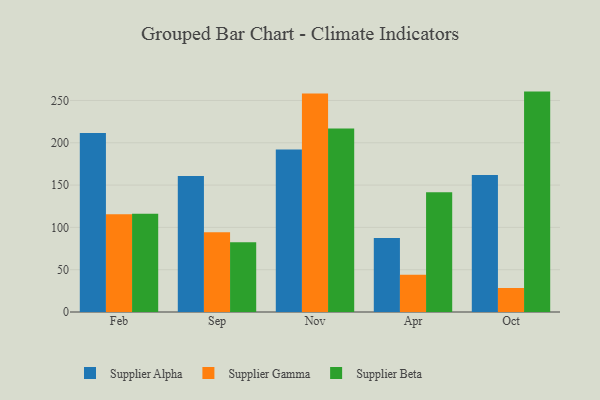
{"axis": {"x": "Month", "y": "Inventory Turnover"}, "legend": ["Supplier Alpha", "Supplier Beta", "Supplier Gamma"], "data": [{"x": "Feb", "y": 211.5, "type": "Supplier Alpha"}, {"x": "Feb", "y": 115.4, "type": "Supplier Gamma"}, {"x": "Feb", "y": 116.2, "type": "Supplier Beta"}, {"x": "Sep", "y": 160.8, "type": "Supplier Alpha"}, {"x": "Sep", "y": 94.4, "type": "Supplier Gamma"}, {"x": "Sep", "y": 82.4, "type": "Supplier Beta"}, {"x": "Nov", "y": 192.0, "type": "Supplier Alpha"}, {"x": "Nov", "y": 258.3, "type": "Supplier Gamma"}, {"x": "Nov", "y": 217.0, "type": "Supplier Beta"}, {"x": "Apr", "y": 87.5, "type": "Supplier Alpha"}, {"x": "Apr", "y": 44.1, "type": "Supplier Gamma"}, {"x": "Apr", "y": 141.4, "type": "Supplier Beta"}, {"x": "Oct", "y": 162.0, "type": "Supplier Alpha"}, {"x": "Oct", "y": 28.4, "type": "Supplier Gamma"}, {"x": "Oct", "y": 260.5, "type": "Supplier Beta"}]}